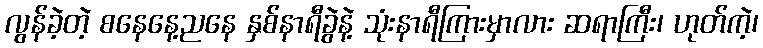
လွန်ခဲ့တဲ့ စနေနေ့ညနေ နှစ်နာရီခွဲနဲ့ သုံးနာရီကြားမှာလား ဆရာကြီး၊ ဟုတ်ကဲ့၊